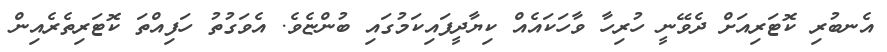
އެނބުރި ކޮޓަރިއަށް ދެވޭނީ ހުރިހާ ވާހަކައެއް ކިޔާދީފައިކަމުގައި ބުންޏެވެ. އެވަގުތު ހަފިއްތަ ކޮޓަރިތެރެއިން